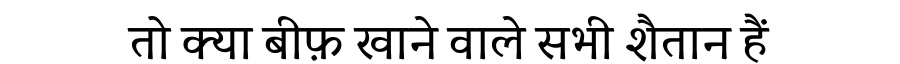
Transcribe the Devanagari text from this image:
तो क्या बीफ़ खाने वाले सभी शैतान हैं